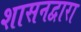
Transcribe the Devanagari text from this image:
शासनद्वारा